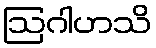
ဩဂါဟသိ